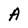
Character: A